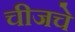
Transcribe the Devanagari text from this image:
चीजचे